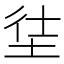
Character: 𡋩